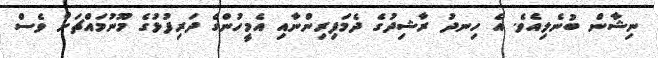
ނިޝާން ބުނެލިއެވެ. އެ ހިނދު ރާޝިދުގެ ދެމަފިރިންނާއި އެމީހުންގެ ދަރިފުޅުގެ މޫނުމައްޗަށް ވެސް